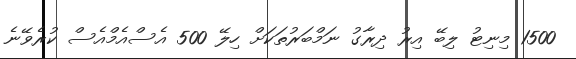
1500 މިނިޓު ލިބޭ އިރު ދިރާގު ނަމްބަރުތަކަށް ހިލޭ 500 އެސްއެމްއެސް ކުރެވޭނެ